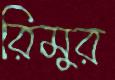
রিমুর